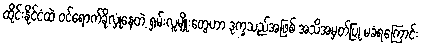
ထိုင်းနိုင်ငံထဲ ဝင်ရောက်ခိုလှုံနေတဲ့ ရှမ်းလူမျိုးတွေဟာ ဒုက္ခသည်အဖြစ် အသိအမှတ်ပြု မခံရကြောင်း